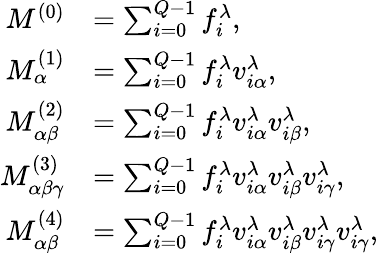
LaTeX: \begin{array}{rl}{M^{(0)}}&{=\sum_{i=0}^{Q-1}f_{i}^{\lambda},}\\ {M_{\alpha}^{(1)}}&{=\sum_{i=0}^{Q-1}f_{i}^{\lambda}v_{i\alpha}^{\lambda},}\\ {M_{\alpha\beta}^{(2)}}&{=\sum_{i=0}^{Q-1}f_{i}^{\lambda}v_{i\alpha}^{\lambda}v_{i\beta}^{\lambda},}\\ {M_{\alpha\beta\gamma}^{(3)}}&{=\sum_{i=0}^{Q-1}f_{i}^{\lambda}v_{i\alpha}^{\lambda}v_{i\beta}^{\lambda}v_{i\gamma}^{\lambda},}\\ {M_{\alpha\beta}^{(4)}}&{=\sum_{i=0}^{Q-1}f_{i}^{\lambda}v_{i\alpha}^{\lambda}v_{i\beta}^{\lambda}v_{i\gamma}^{\lambda}v_{i\gamma}^{\lambda},}\end{array}